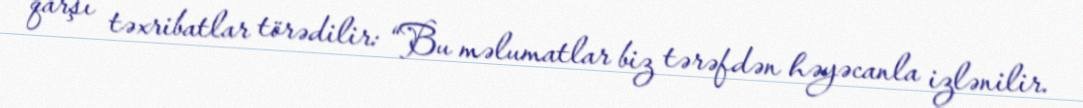
qarşı təxribatlar törədilir: “Bu məlumatlar biz tərəfdən həyəcanla izlənilir.